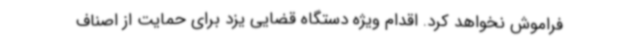
فراموش نخواهد کرد. اقدام ویژه دستگاه قضایی یزد برای حمایت از اصناف